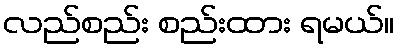
လည်စည်း စည်းထား ရမယ်။